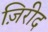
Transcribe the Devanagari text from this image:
ज़िरीद